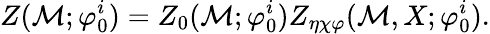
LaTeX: Z({\cal M};{\varphi}_{0}^{i})=Z_{0}({\cal M};{\varphi}_{0}^{i})Z_{\eta\chi\varphi}({\cal M},X;{\varphi}_{0}^{i}).